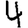
Digit: 4